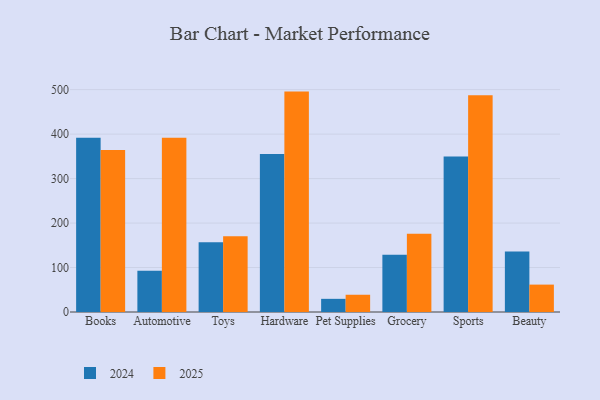
{"axis": {"x": "Category", "y": "Website Visitors"}, "legend": ["2024", "2025"], "data": [{"x": "Books", "y": 392.1, "type": "2024"}, {"x": "Books", "y": 364.2, "type": "2025"}, {"x": "Automotive", "y": 93.0, "type": "2024"}, {"x": "Automotive", "y": 392.0, "type": "2025"}, {"x": "Toys", "y": 157.1, "type": "2024"}, {"x": "Toys", "y": 170.1, "type": "2025"}, {"x": "Hardware", "y": 355.3, "type": "2024"}, {"x": "Hardware", "y": 495.6, "type": "2025"}, {"x": "Pet Supplies", "y": 29.6, "type": "2024"}, {"x": "Pet Supplies", "y": 38.8, "type": "2025"}, {"x": "Grocery", "y": 129.0, "type": "2024"}, {"x": "Grocery", "y": 176.1, "type": "2025"}, {"x": "Sports", "y": 349.6, "type": "2024"}, {"x": "Sports", "y": 487.2, "type": "2025"}, {"x": "Beauty", "y": 136.3, "type": "2024"}, {"x": "Beauty", "y": 61.6, "type": "2025"}]}